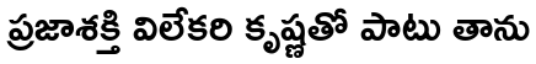
ప్రజాశక్తి విలేకరి కృష్ణతో పాటు తాను